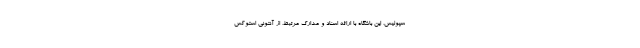
سپولیس، این باشگاه با ارائه اسناد و مدارک مرتبط، از آنتونی استوکس